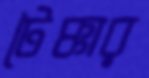
টৈক্কার